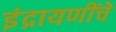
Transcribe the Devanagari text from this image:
इंद्रायणींचे